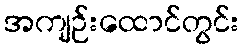
အကျဉ်းထောင်တွင်း